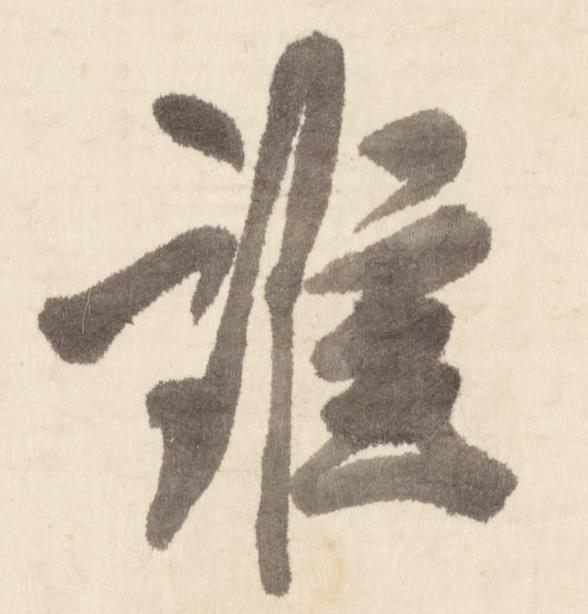
誰